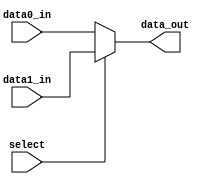
module MUX_2x32bit(    
    data0_in,
    data1_in,
    select,
    data_out
);

input [31:0] data0_in, data1_in;
input select;
output [31:0] data_out;

assign data_out = (select) ? data1_in : data0_in;

endmodule